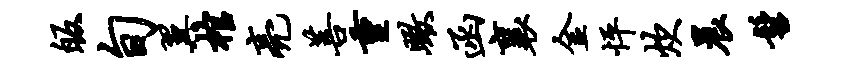
皈旬翼棺亮菩重瞰函襄金怦炊晨髫